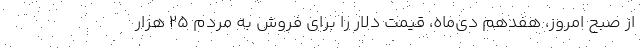
از صبح امروز، هفدهم دی‌ماه، قیمت دلار را برای فروش به مردم ۲۵ هزار